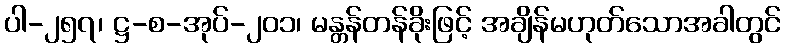
ပါ-၂၅၇၊ ဋ္ဌ-စ-အုပ်-၂၀၁၊ မန္တန်တန်ခိုးဖြင့် အချိန်မဟုတ်သောအခါတွင်